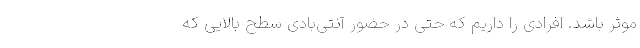
موثر باشد. افرادی را داریم که حتی در حضور آنتی‌بادی سطح بالایی که